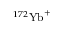
^ { 1 7 2 } { \mathrm { Y b } } ^ { + }